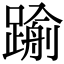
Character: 𨄫